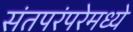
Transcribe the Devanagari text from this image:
संतपरंपरेमध्ये